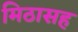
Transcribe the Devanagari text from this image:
मिठासह